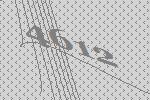
4612